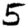
Digit: 5